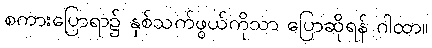
စကားပြောရာ၌ နှစ်သက်ဖွယ်ကိုသာ ပြောဆိုရန် ဂါထာ။